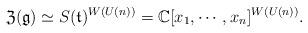
LaTeX: \begin{align*} {\mathfrak Z}({\mathfrak g}) \simeq S({\mathfrak t})^{W(U(n))} = {\mathbb C}[x_1,\cdots,x_n]^{W(U(n))}.\end{align*}